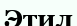
Этил